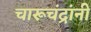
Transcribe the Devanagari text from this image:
चारूचंद्रांनी